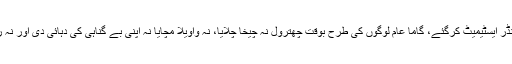
بس یہیں آپ گامے کو انڈر ایسٹیمیٹ کرگئے، گاما عام لوگوں کی طرح بوقت چھترول نہ چیخا چلایا، نہ واویلا مچایا نہ اپنی بے گناہی کی دہائی دی اور نہ رب رسول کے واسطے۔